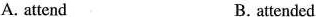
A. attend B. attended